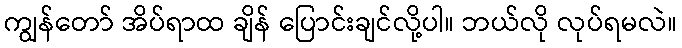
ကျွန်တော် အိပ်ရာထ ချိန် ပြောင်းချင်လို့ပါ။ ဘယ်လို လုပ်ရမလဲ။